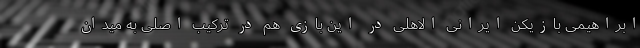
ابراهیمی بازیکن ایرانی الاهلی در این بازی هم در ترکیب اصلی به میدان